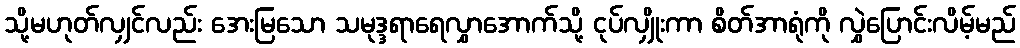
သို့မဟုတ်လျှင်လည်း အေးမြသော သမုဒ္ဒရာရေလွှာအောက်သို့ ငုပ်လျှိုးကာ စိတ်အာရုံကို လွှဲပြောင်းလိမ့်မည်